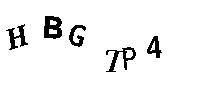
HBGTP4